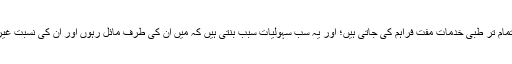
ہمارے لئے تمام تر طبی خدمات مفت فراہم کی جاتی ہیں؛ اور یہ سب سہولیات سبب بنتی ہیں کہ میں ان کی طرف مائل رہوں اور ان کی نسبت غیرت رکھوں”۔